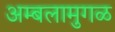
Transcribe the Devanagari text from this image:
अम्बलामुगळ